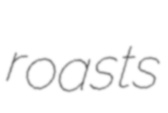
roasts